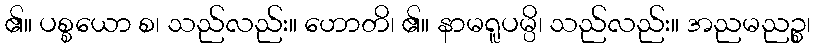
၏။ ပစ္စယော စ၊ သည်လည်း။ ဟောတိ၊ ၏။ နာမရူပမ္ပိ၊ သည်လည်း။ အညမညဉ္စ၊